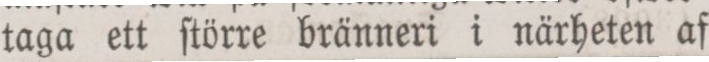
taga ett ſtörre bränneri i närheten af